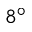
8 ^ { \circ }